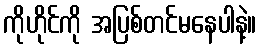
ကိုဟိုင်ကို အပြစ်တင်မနေပါနဲ့။